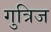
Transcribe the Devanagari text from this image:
गुत्रिज